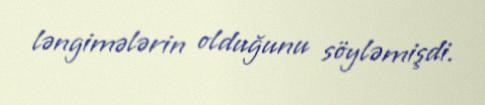
ləngimələrin olduğunu söyləmişdi.